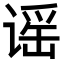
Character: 谣